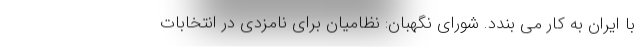
با ایران به کار می بندد. شورای نگهبان: نظامیان برای نامزدی در انتخابات